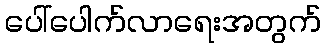
ပေါ်ပေါက်လာရေးအတွက်